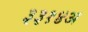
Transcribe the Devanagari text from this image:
३३१४अ